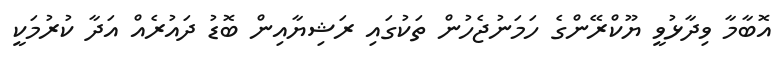
އޮބާމާ ވިދާޅުވީ ޔޫކްރޭންގެ ހަމަނުޖެހުން ތަކުގައި ރަޝިޔާއިން ބޮޑު ދައުރެއް އަދާ ކުރުމަކީ